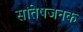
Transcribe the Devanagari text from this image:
सांतेषजनक